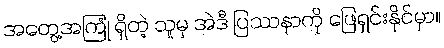
အတွေ့အကြုံ ရှိတဲ့ သူမှ အဲဒီ ပြဿနာကို ဖြေရှင်းနိုင်မှာ။